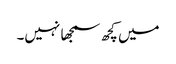
میں کچھ سمجھا نہیں۔